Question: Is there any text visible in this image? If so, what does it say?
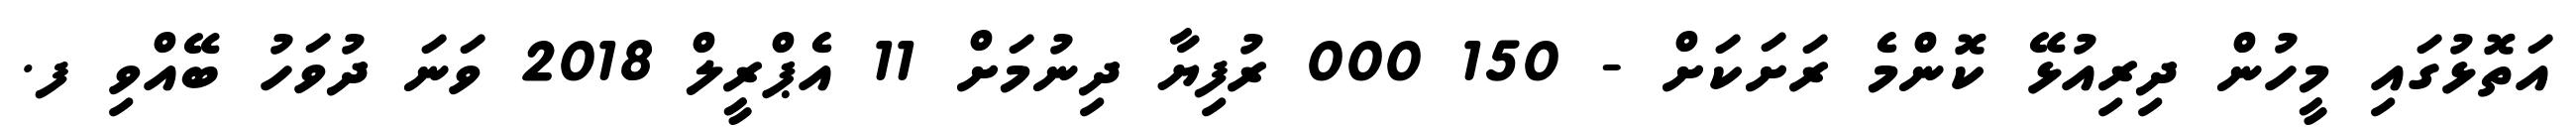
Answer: އަތޮޅުގައި މީހުން ދިރިއުޅޭ ކޮންމެ ރަށަކަށް - 150 000 ރުފިޔާ ދިނުމަށް 11 އެޕްރީލް 2018 ވަނަ ދުވަހު ބޭއްވި ފ.